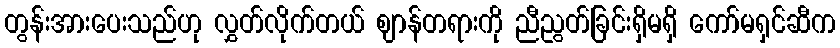
တွန်းအားပေးသည်ဟု လွှတ်လိုက်တယ် ဈာန်တရားကို ညီညွတ်ခြင်းရှိမရှိ ကော်မရှင်ဆီက